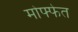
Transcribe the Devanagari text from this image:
मोफ्फेत